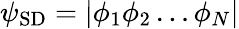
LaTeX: \psi_{\mathrm{SD}}=|\phi_{1}\phi_{2}\ldots\phi_{N}|